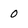
Character: 0